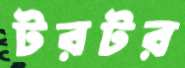
টরটর